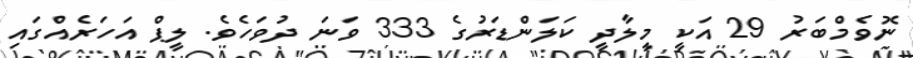
ނޮވެމްބަރު 29 އަކީ މީލާދީ ކަލަންޑަރުގެ 333 ވަނަ ދުވަހެވެ. ލީޕް އަހަރެއްގައި